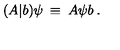
( A \vert b ) \psi \: \equiv \: A \psi b \: .